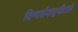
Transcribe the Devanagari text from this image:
दिग्दर्शकद्वयीतले